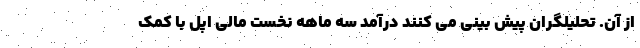
از آن. تحلیلگران پیش بینی می کنند درآمد سه ماهه نخست مالی اپل با کمک